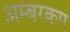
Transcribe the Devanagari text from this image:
अम्बरकप